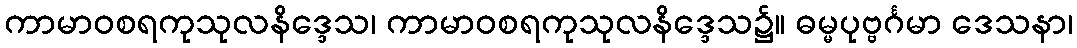
ကာမာဝစရကုသုလနိဒ္ဒေသ၊ ကာမာဝစရကုသုလနိဒ္ဒေသ၌။ ဓမ္မပုဗ္ဗင်္ဂမာ ဒေသနာ၊